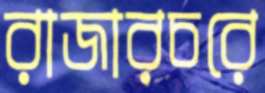
রাজারচরে